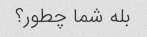
بله شما چطور؟